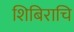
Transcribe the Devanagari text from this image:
शिबिराचि